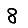
Digit: 8